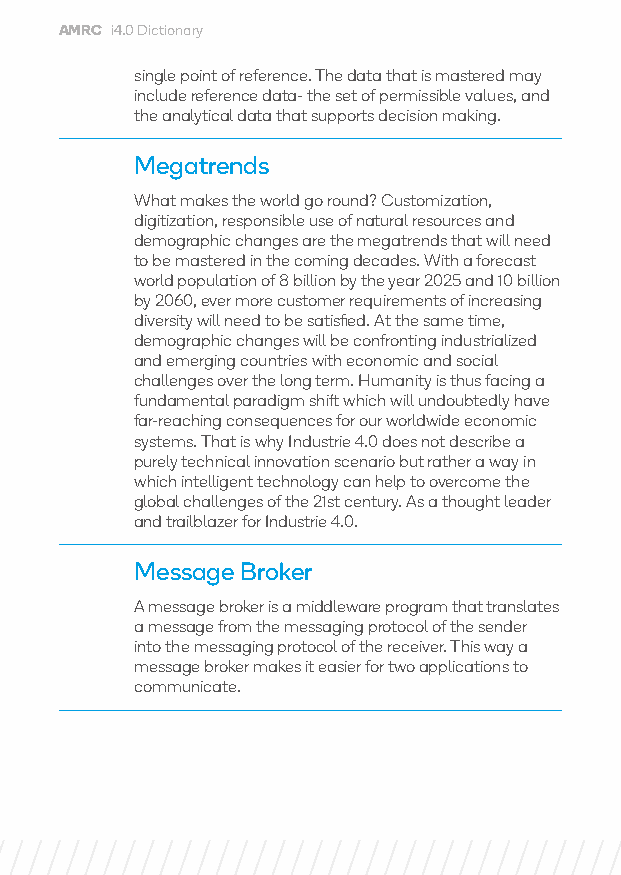
AMRC i4.0 Dictionary
 single point of reference. The data that is mastered may
 include reference data- the set of permissible values, and
 the analytical data that supports decision making.
 Megatrends
 What makes the world go round? Customization,
 digitization, responsible use of natural resources and
 demographic changes are the megatrends that will need
 to be mastered in the coming decades. With a forecast
 world population of 8 billion by the year 2025 and 10 billion
 by 2060, ever more customer requirements of increasing
 diversity will need to be satisfied. At the same time,
 demographic changes will be confronting industrialized
 and emerging countries with economic and social
 challenges over the long term. Humanity is thus facing a
 fundamental paradigm shift which will undoubtedly have
 far-reaching consequences for our worldwide economic
 systems. That is why Industrie 4.0 does not describe a
 purely technical innovation scenario but rather a way in
 which intelligent technology can help to overcome the
 global challenges of the 21st century. As a thought leader
 and trailblazer for Industrie 4.0.
 Message Broker
 A message broker is a middleware program that translates
 a message from the messaging protocol of the sender
 into the messaging protocol of the receiver. This way a
 message broker makes it easier for two applications to
 communicate.